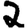
Digit: 2